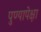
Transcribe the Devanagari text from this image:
पुण्यापेक्षा